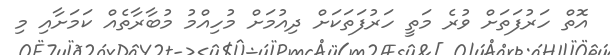
އޮތް ހަރުފަތަށް ވުރެ މަތީ ހަރުފަތަކަށް ދިއުމަށް މުހިއްމު މުބާރާތެއް ކަމަށާއި މި